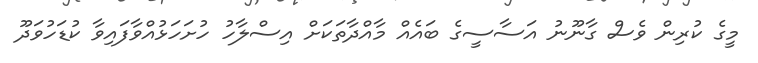
މީގެ ކުރިން ވެސް ގާނޫނު އަސާސީގެ ބައެއް މާއްދާތަކަށް އިސްލާހު ހުށަހަޅުއްވާފައިވާ ކުޑަހުވަދޫ